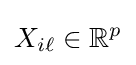
X_{i\ell }\in \mathbb {R} ^{p}